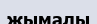
жымалы